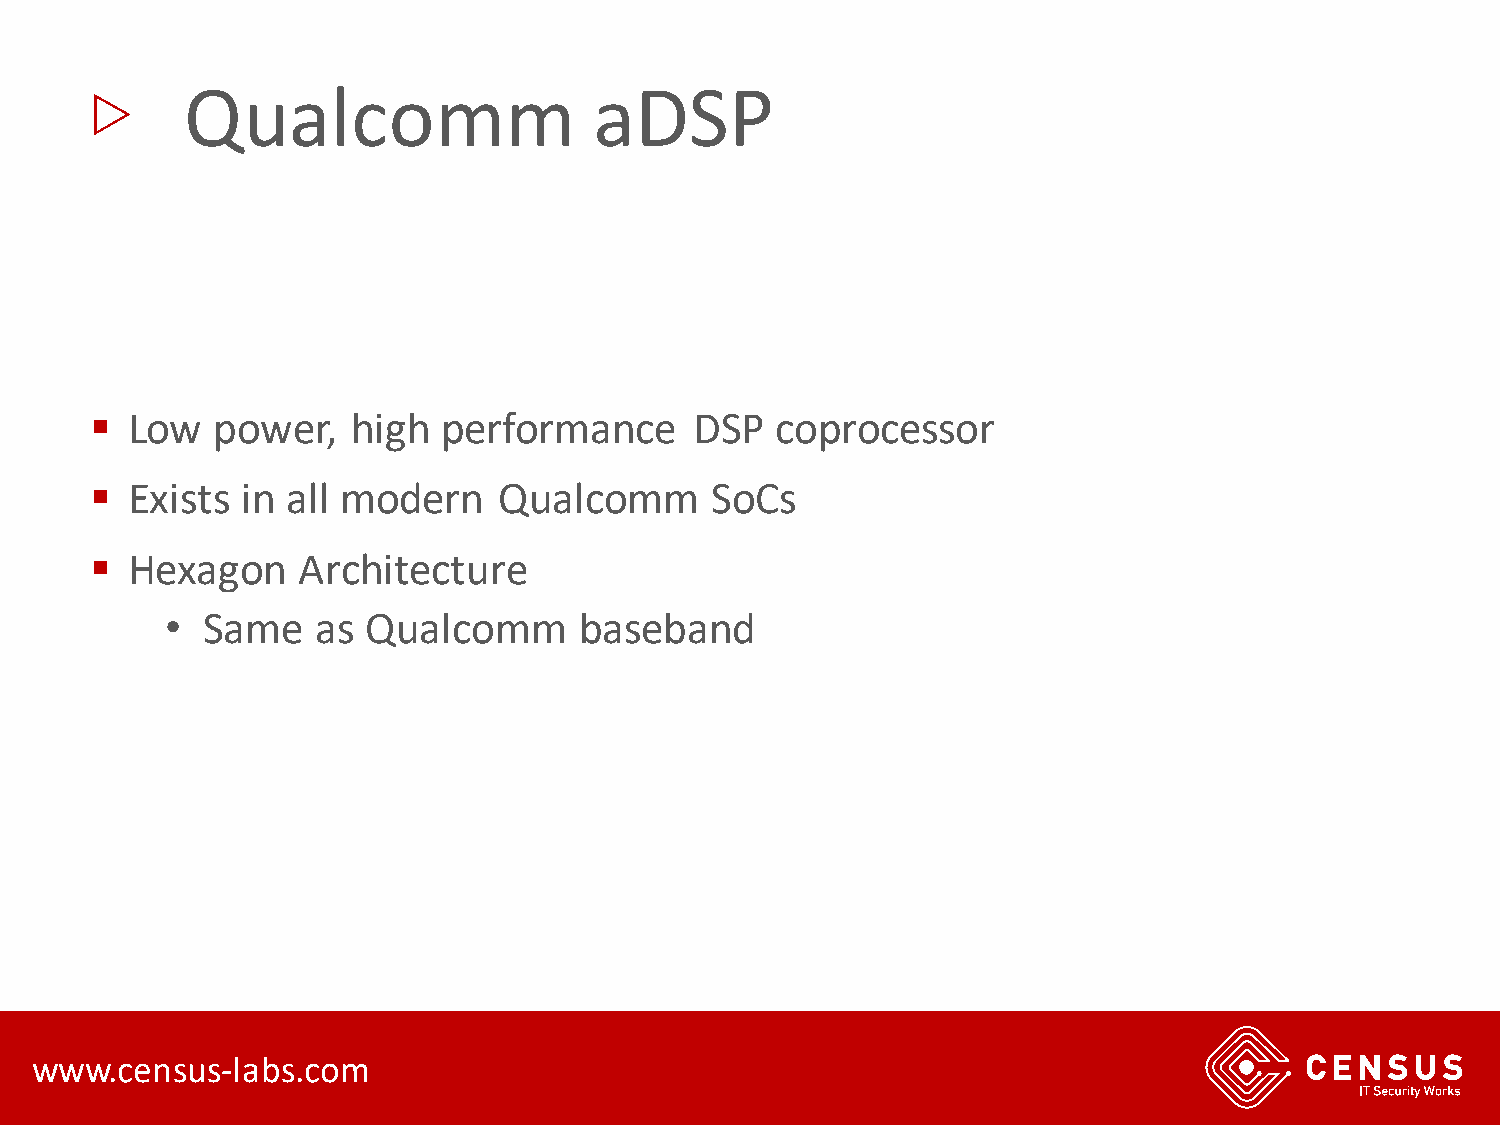
▷
 Qualcomm                   aDSP
 ▪ Low   power,   high  performance      DSP  coprocessor
 ▪ Exists  in all modern    Qualcomm      SoCs
 ▪ Hexagon     Architecture
 • Same    as Qualcomm      baseband
 www.census-labs.com